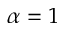
\alpha = 1